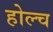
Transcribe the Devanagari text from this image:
होल्च